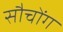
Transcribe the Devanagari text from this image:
सौचोंग